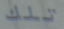
تلك